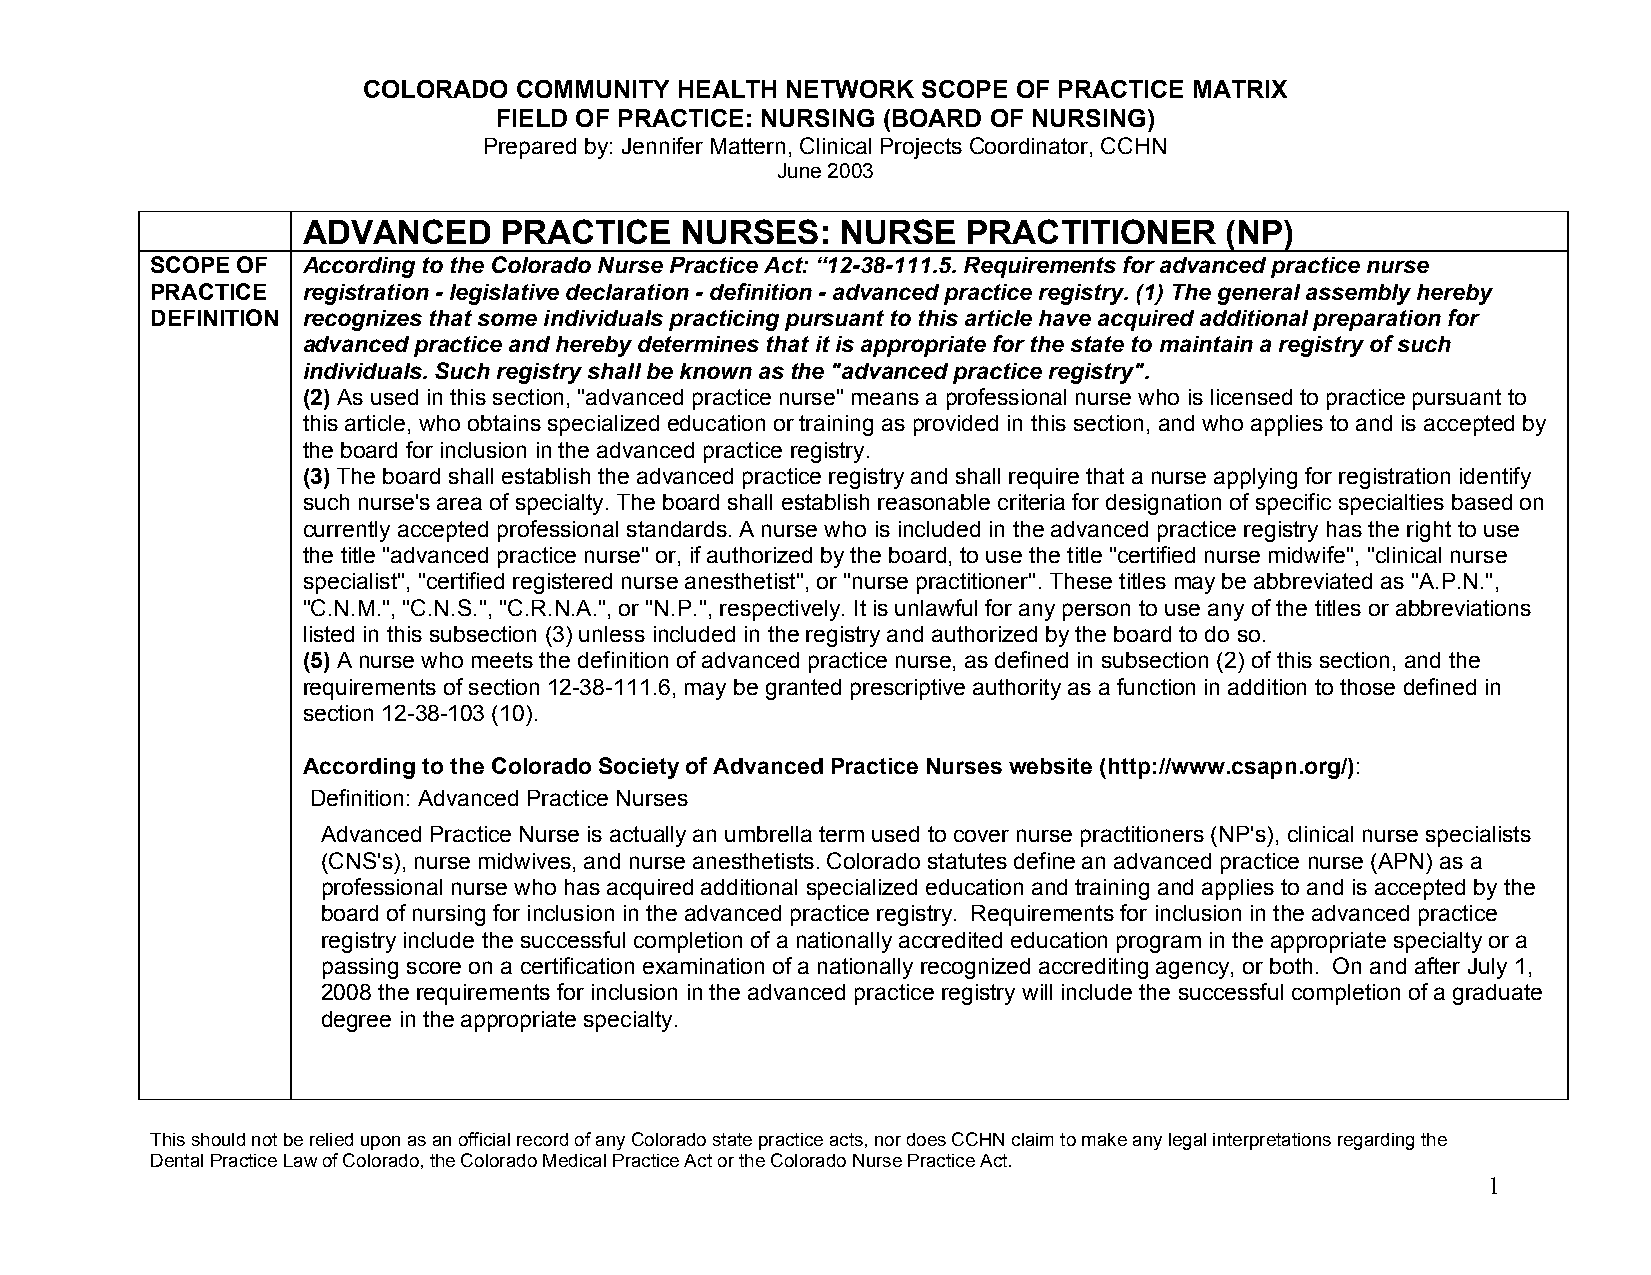
COLORADO  COMMUNITY  HEALTH NETWORK  SCOPE OF PRACTICE MATRIX
 FIELD OF PRACTICE: NURSING (BOARD OF NURSING)
 Prepared by: Jennifer Mattern, Clinical Projects Coordinator, CCHN
 June 2003
 ADVANCED     PRACTICE    NURSES:    NURSE   PRACTITIONER     (NP)
 SCOPE OF  According to the Colorado Nurse Practice Act: “12-38-111.5. Requirements for advanced practice nurse
 PRACTICE  registration - legislative declaration - definition - advanced practice registry. (1) The general assembly hereby
 DEFINITION recognizes that some individuals practicing pursuant to this article have acquired additional preparation for
 advanced practice and hereby determines that it is appropriate for the state to maintain a registry of such
 individuals. Such registry shall be known as the "advanced practice registry".
 (2) As used in this section, "advanced practice nurse" means a professional nurse who is licensed to practice pursuant to
 this article, who obtains specialized education or training as provided in this section, and who applies to and is accepted by
 the board for inclusion in the advanced practice registry.
 (3) The board shall establish the advanced practice registry and shall require that a nurse applying for registration identify
 such nurse's area of specialty. The board shall establish reasonable criteria for designation of specific specialties based on
 currently accepted professional standards. A nurse who is included in the advanced practice registry has the right to use
 the title "advanced practice nurse" or, if authorized by the board, to use the title "certified nurse midwife", "clinical nurse
 specialist", "certified registered nurse anesthetist", or "nurse practitioner". These titles may be abbreviated as "A.P.N.",
 "C.N.M.", "C.N.S.", "C.R.N.A.", or "N.P.", respectively. It is unlawful for any person to use any of the titles or abbreviations
 listed in this subsection (3) unless included in the registry and authorized by the board to do so.
 (5) A nurse who meets the definition of advanced practice nurse, as defined in subsection (2) of this section, and the
 requirements of section 12-38-111.6, may be granted prescriptive authority as a function in addition to those defined in
 section 12-38-103 (10).
 According to the Colorado Society of Advanced Practice Nurses website (http://www.csapn.org/):
 Definition: Advanced Practice Nurses
 Advanced Practice Nurse is actually an umbrella term used to cover nurse practitioners (NP's), clinical nurse specialists
 (CNS's), nurse midwives, and nurse anesthetists. Colorado statutes define an advanced practice nurse (APN) as a
 professional nurse who has acquired additional specialized education and training and applies to and is accepted by the
 board of nursing for inclusion in the advanced practice registry. Requirements for inclusion in the advanced practice
 registry include the successful completion of a nationally accredited education program in the appropriate specialty or a
 passing score on a certification examination of a nationally recognized accrediting agency, or both. On and after July 1,
 2008 the requirements for inclusion in the advanced practice registry will include the successful completion of a graduate
 degree in the appropriate specialty.
 This should not be relied upon as an official record of any Colorado state practice acts, nor does CCHN claim to make any legal interpretations regarding the
 Dental Practice Law of Colorado, the Colorado Medical Practice Act or the Colorado Nurse Practice Act.
 1